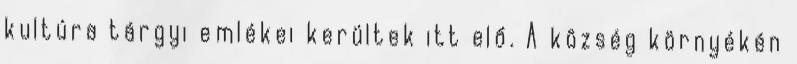
kultúra tárgyi emlékei kerültek itt elő. A község környékén